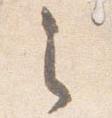
之